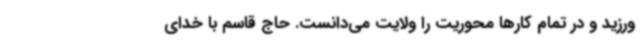
‌ورزید و در تمام کارها محوریت را ولایت می‌دانست. حاج قاسم با خدای